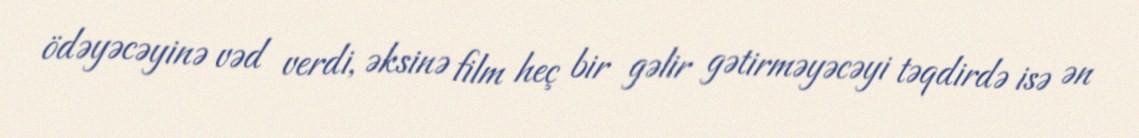
ödəyəcəyinə vəd verdi, əksinə film heç bir gəlir gətirməyəcəyi təqdirdə isə ən